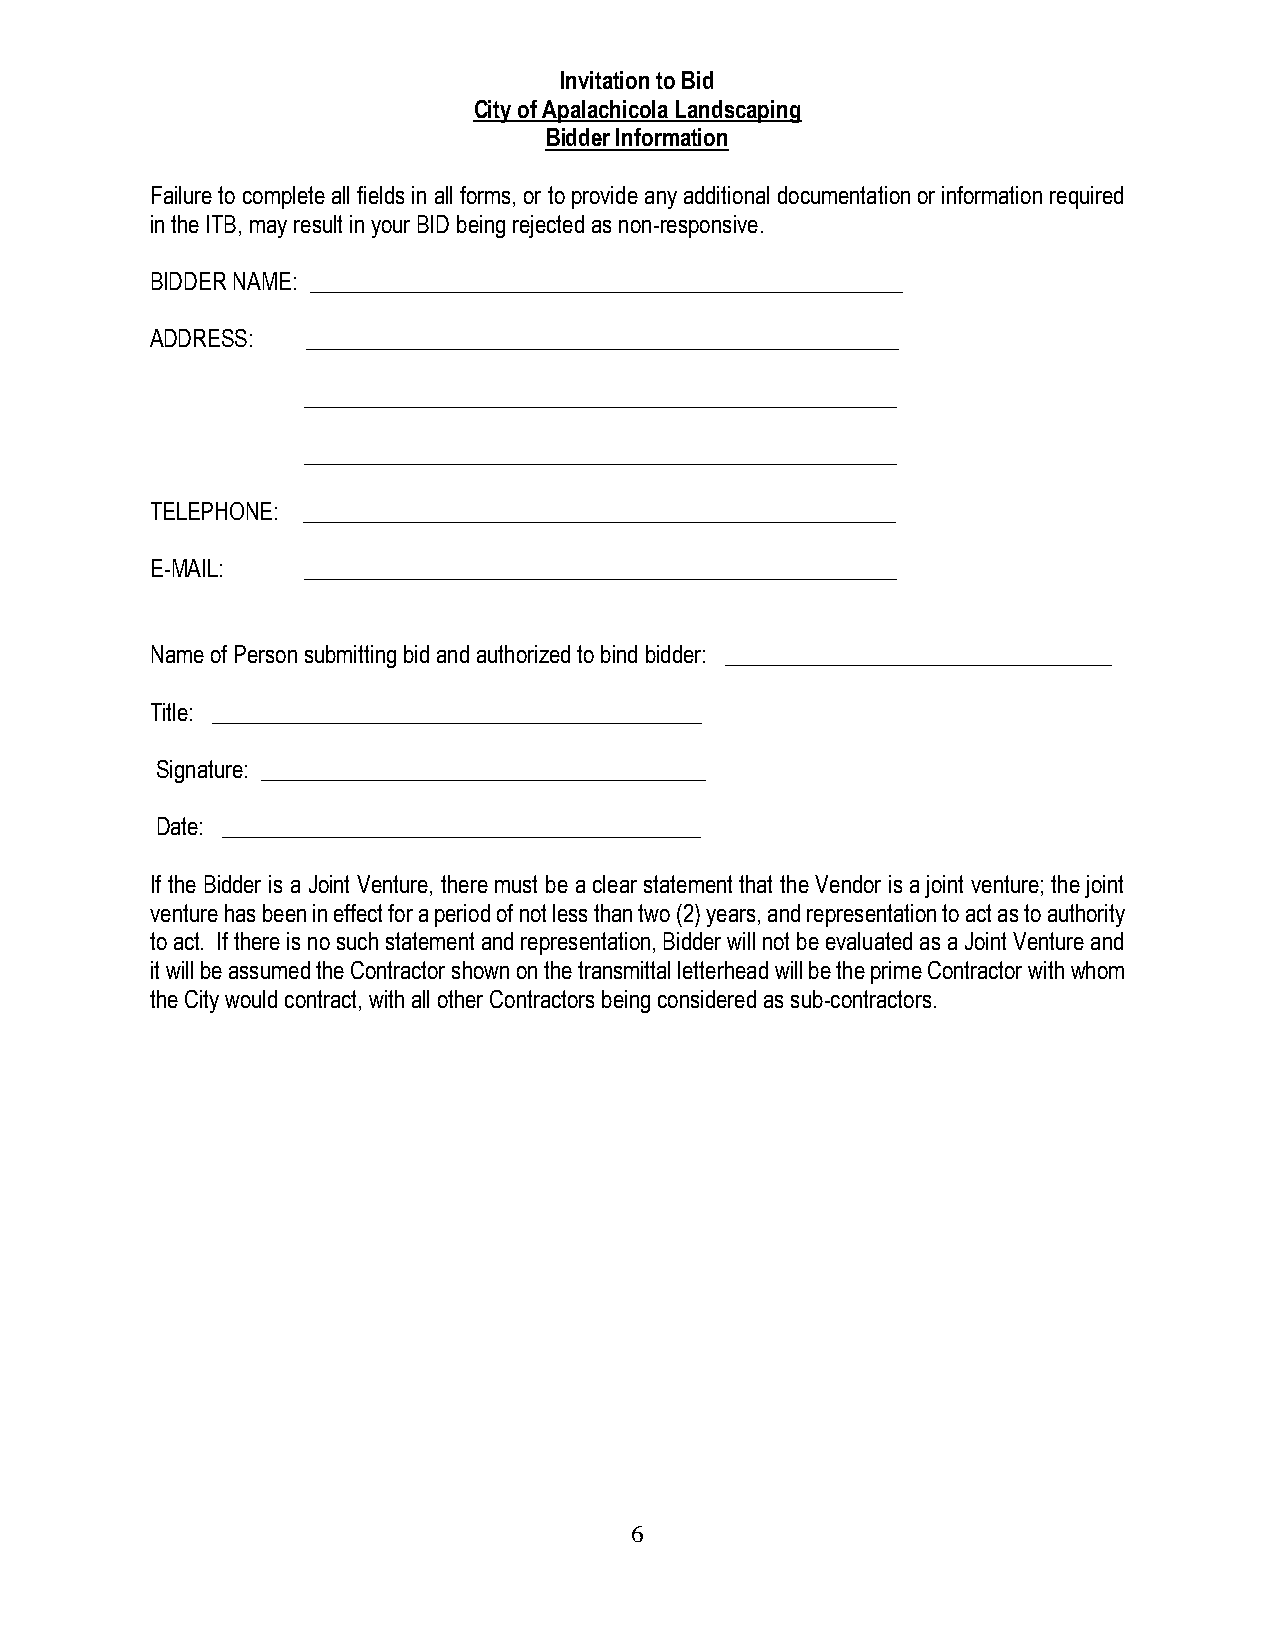
Invitation to Bid
 City of Apalachicola Landscaping
 Bidder Information
 Failure to complete all fields in all forms, or to provide any additional documentation or information required
 in the ITB, may result in your BID being rejected as non-responsive.
 BIDDER NAME: ____________________________________________________
 ADDRESS:  ____________________________________________________
 ____________________________________________________
 ____________________________________________________
 TELEPHONE: ____________________________________________________
 E-MAIL:   ____________________________________________________
 Name of Person submitting bid and authorized to bind bidder: __________________________________
 Title: ___________________________________________
 Signature: _______________________________________
 Date: __________________________________________
 If the Bidder is a Joint Venture, there must be a clear statement that the Vendor is a joint venture; the joint
 venture has been in effect for a period of not less than two (2) years, and representation to act as to authority
 to act. If there is no such statement and representation, Bidder will not be evaluated as a Joint Venture and
 it will be assumed the Contractor shown on the transmittal letterhead will be the prime Contractor with whom
 the City would contract, with all other Contractors being considered as sub-contractors.
 6